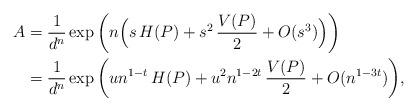
LaTeX: \begin{align*}A&= \frac{1}{d^n} \exp\bigg( n \Big( s\, H(P) + s^2\, \frac{V(P)}{2} + O(s^3) \Big)\bigg) \\&=\frac{1}{d^n} \exp\bigg( u n^{1-t}\, H(P) +u^2 n^{1-2t} \,\frac{V(P)}{2} + O( n^{1-3t}) \bigg) , \end{align*}